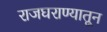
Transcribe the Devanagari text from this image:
राजघराण्यातून